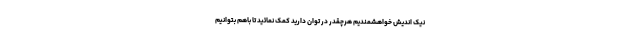
نیک اندیش خواهشمندیم هرچقدر در توان دارید کمک نمائید تا باهم بتوانیم